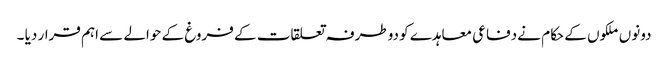
دونوں ملکوں کے حکام نے دفاعی معاہدے کو دوطرفہ تعلقات کے فروغ کے حوالے سے اہم قرار دیا ۔